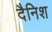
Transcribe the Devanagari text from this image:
दैनिश